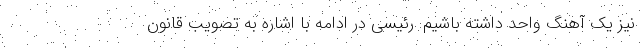
نیز یک آهنگ واحد داشته باشیم. رئیسی در ادامه با اشاره به تصویب قانون